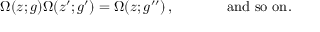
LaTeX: \begin{array} { c c } { { \Omega ( z ; g ) \Omega ( z ^ { \prime } ; g ^ { \prime } ) = \Omega ( z ; g ^ { \prime \prime } ) \, , ~ ~ ~ ~ } } & { { ~ ~ ~ ~ \mathrm { a n d ~ s o ~ o n . } } } \end{array}